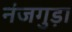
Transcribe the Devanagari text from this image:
नंजगुड़ा